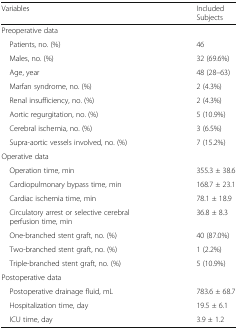
<table><thead><tr><td><b>Variables</b></td><td><b>Included Subjects</b></td></tr></thead><tbody><tr><td>Preoperative data</td><td></td></tr><tr><td> Patients, no. (%)</td><td>46</td></tr><tr><td> Males, no. (%)</td><td>32 (69.6%)</td></tr><tr><td> Age, year</td><td>48 (28–63)</td></tr><tr><td> Marfan syndrome, no. (%)</td><td>2 (4.3%)</td></tr><tr><td> Renal insufficiency, no. (%)</td><td>2 (4.3%)</td></tr><tr><td> Aortic regurgitation, no. (%)</td><td>5 (10.9%)</td></tr><tr><td> Cerebral ischemia, no. (%)</td><td>3 (6.5%)</td></tr><tr><td> Supra-aortic vessels involved, no. (%)</td><td>7 (15.2%)</td></tr><tr><td>Operative data</td><td></td></tr><tr><td> Operation time, min</td><td>355.3 ± 38.6</td></tr><tr><td> Cardiopulmonary bypass time, min</td><td>168.7 ± 23.1</td></tr><tr><td> Cardiac ischemia time, min</td><td>78.1 ± 18.9</td></tr><tr><td> Circulatory arrest or selective cerebral perfusion time, min</td><td>36.8 ± 8.3</td></tr><tr><td> One-branched stent graft, no. (%)</td><td>40 (87.0%)</td></tr><tr><td> Two-branched stent graft, no. (%)</td><td>1 (2.2%)</td></tr><tr><td> Triple-branched stent graft, no. (%)</td><td>5 (10.9%)</td></tr><tr><td>Postoperative data</td><td></td></tr><tr><td> Postoperative drainage fluid, mL</td><td>783.6 ± 68.7</td></tr><tr><td> Hospitalization time, day</td><td>19.5 ± 6.1</td></tr><tr><td> ICU time, day</td><td>3.9 ± 1.2</td></tr></tbody></table>